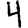
Digit: 4